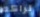
تراكم